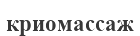
криомассаж